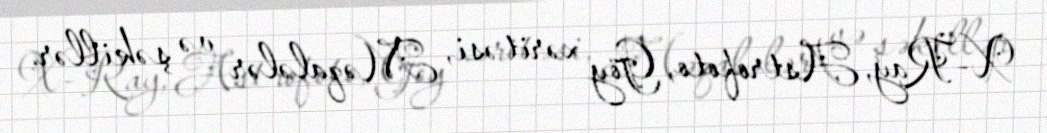
X-Ray, Astrofoto, Göy xəritəsi, Məqalələr və şəkillər.